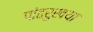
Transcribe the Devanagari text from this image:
पांढरुखया